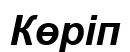
Көріп